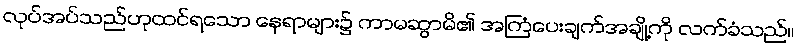
လုပ်အပ်သည်ဟုထင်ရသော နေရာများ၌ ကာမဆွာမိ၏ အကြံပေးချက်အချို့ကို လက်ခံသည်။